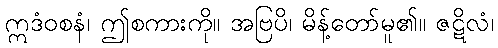
ဣဒံဝစနံ၊ ဤစကားကို။ အဗြပိ၊ မိန့်တော်မူ၏။ ဇဋိလံ၊